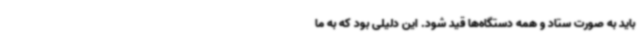
باید به صورت ستاد و همه دستگاه‌ها قید شود. این دلیلی بود که به ما